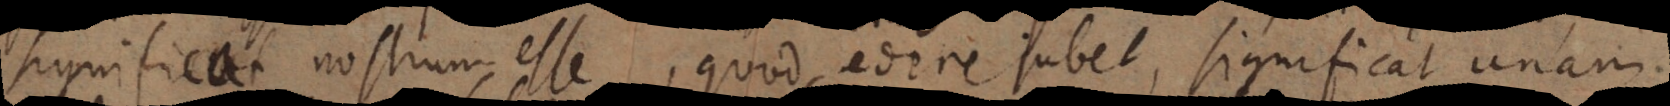
significat nostrum esse, quod edere jubet, significat unam